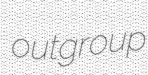
outgroup